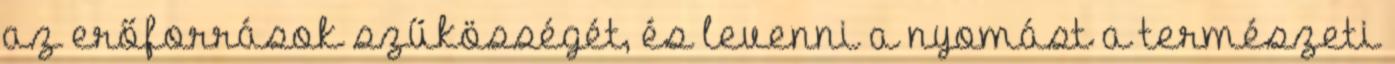
az erőforrások szűkösségét, és levenni a nyomást a természeti